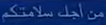
من اجل سلامتک